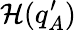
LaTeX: \mathcal{H}(q_{A}^{\prime})